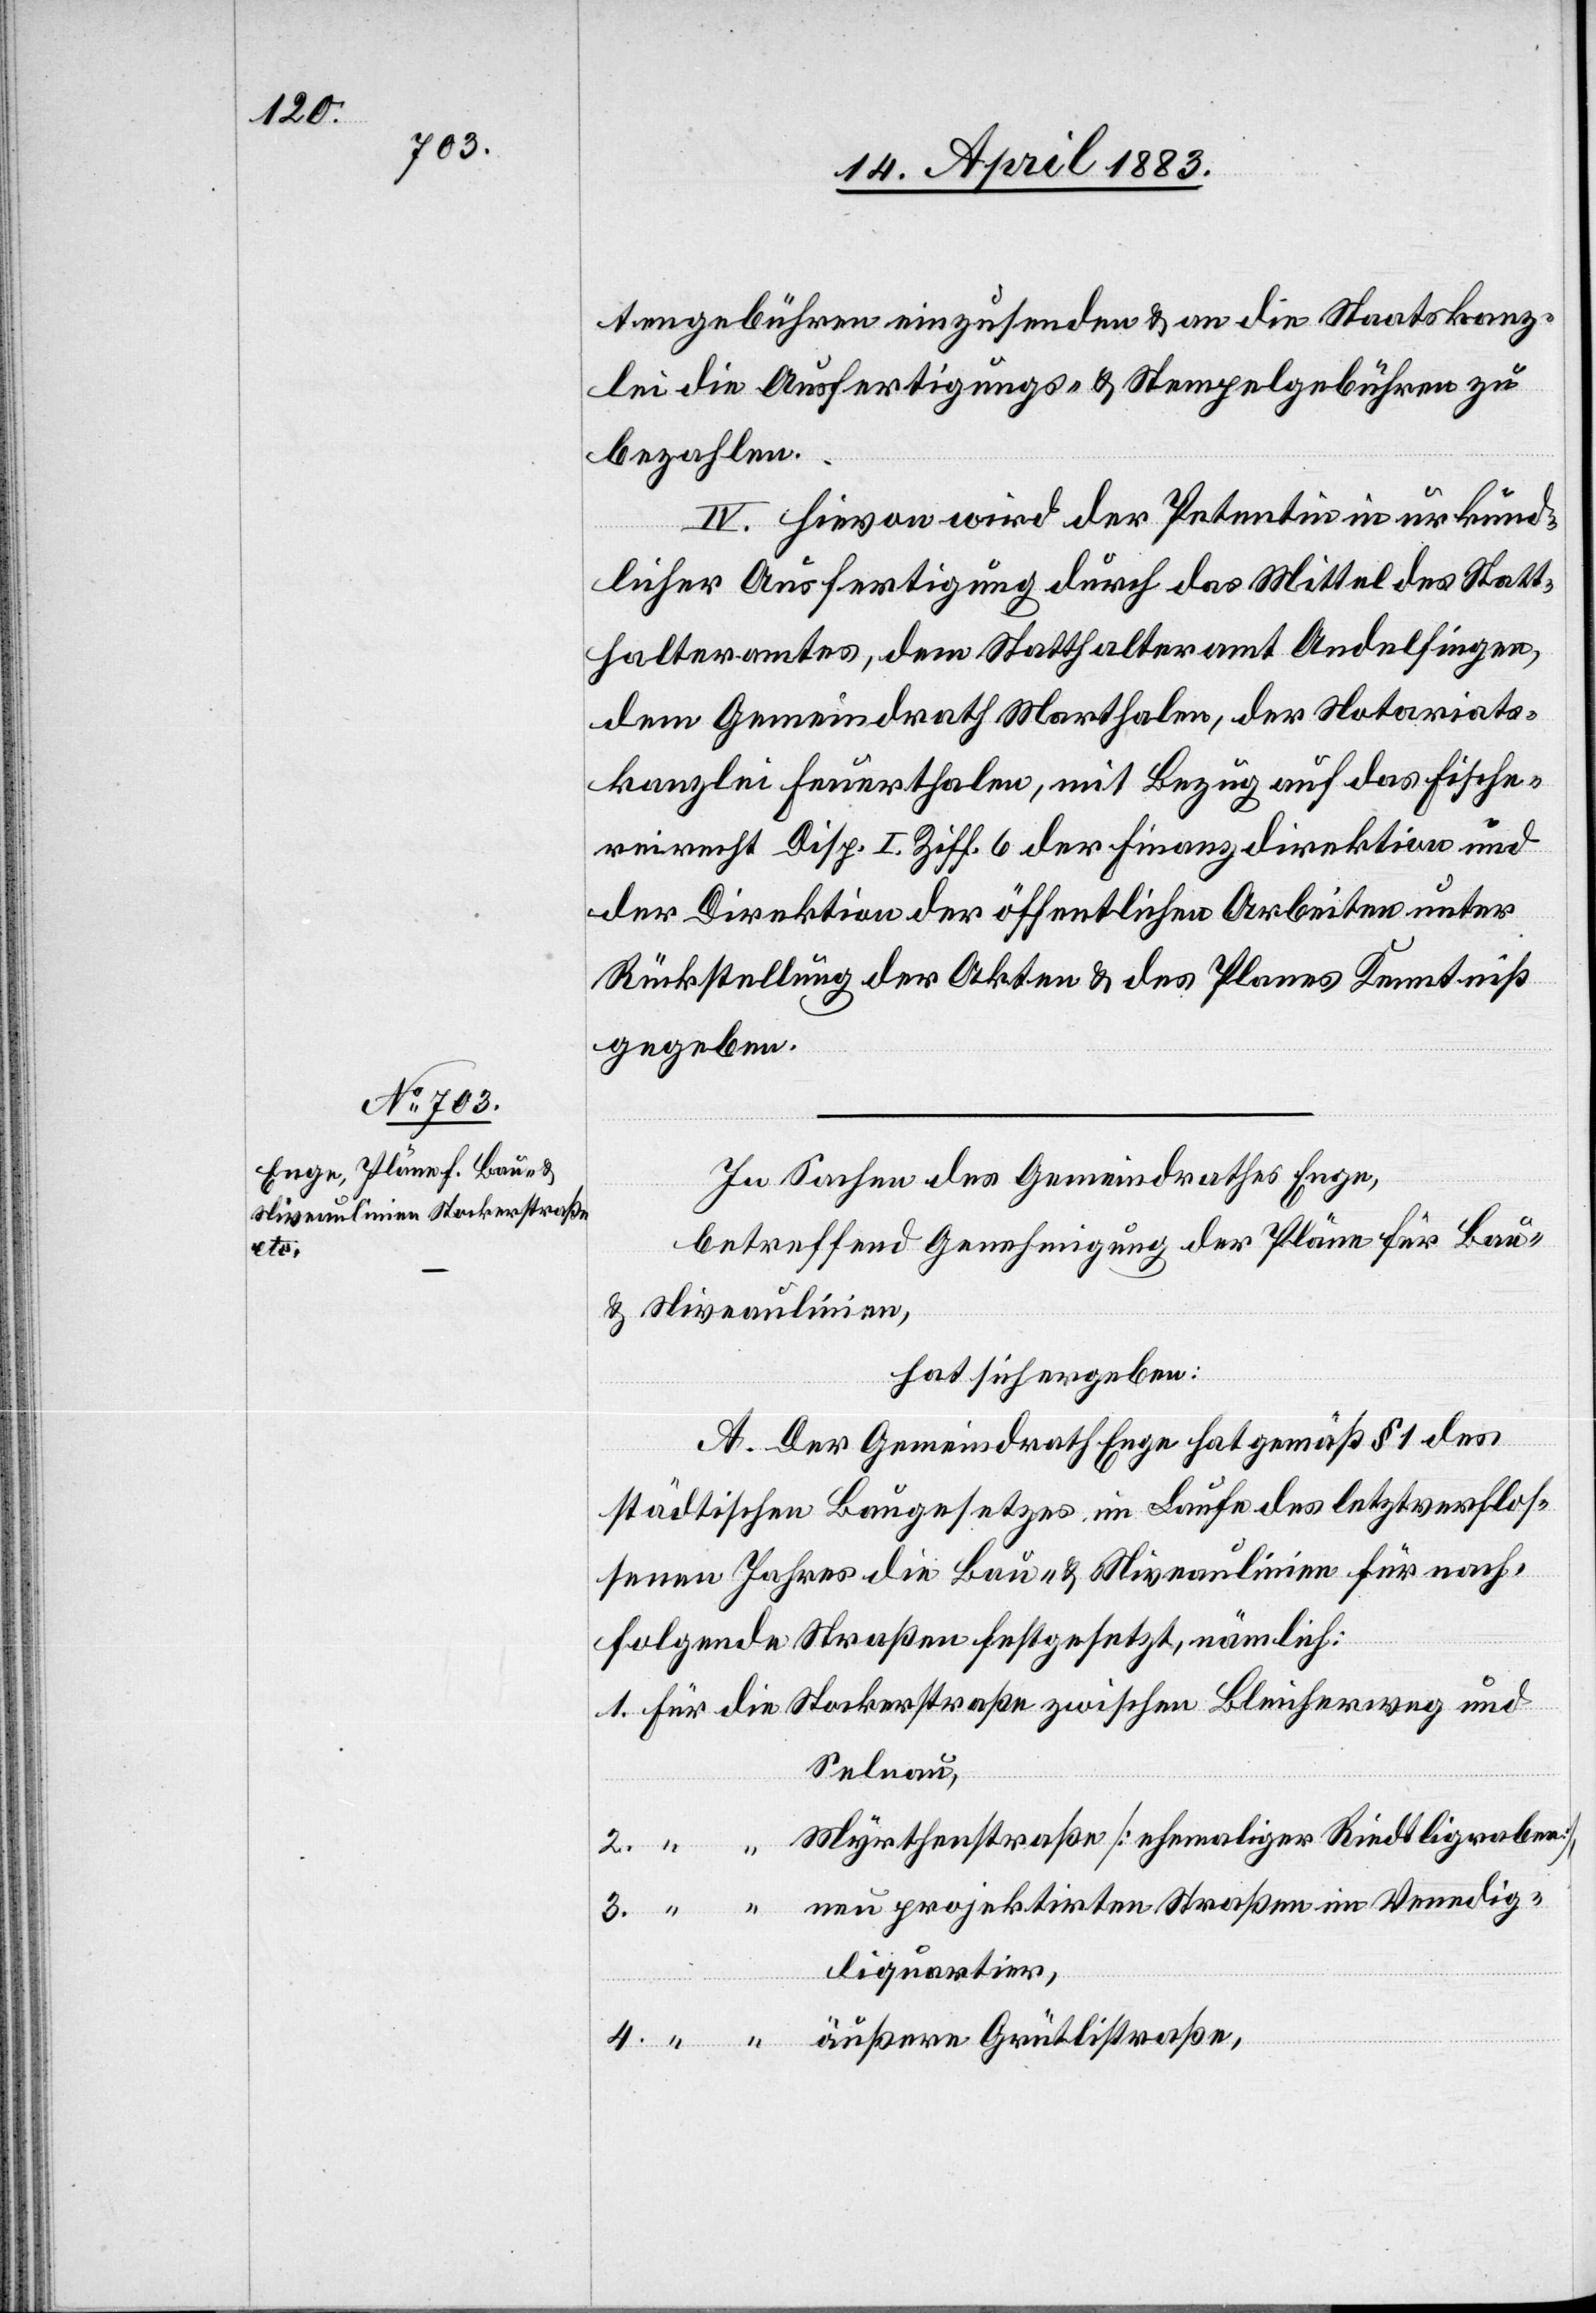
tengebühren einzusenden & an die Staatskanz¬
lei die Ausfertigungs- und Stempelgebühren zu
bezahlen.
IV. Hievon wird der Petentin in urkund¬
licher Ausfertigung durch das Mittel des Statt¬
halteramtes, dem Statthalteramt Andelfingen,
dem Gemeindrath Marthalen, der Notariats¬
kanzlei Feuerthalen, mit Bezug auf das Fische¬
reirecht Disp. I Ziff. 6 der Finanzdirektion und
der Direktion der öffentlichen Arbeiten unter
Rückstellung der Akten & des Planes Kenntniß
gegeben.
In Sachen des Gemeindrathes Enge,
betreffend Genehmigung der Pläne für Bau-
& Niveaulinien,
hat sich ergeben:
A. Der Gemeindrath Enge hat gemäß § 1 des
städtischen Baugesetzes im Laufe des letztverschlos¬
senen Jahres die Bau- & Niveaulinien für nach¬
folgende Straßen festgesetzt, nämlich:
1. Für die Stockerstraße zwischen Bleicherweg und
Selnau,
2. “ “ Myrthenstraße [ehemaliger Riedtligraben],
3. “ “ neu projektirten Straßen im Venedig¬
liquartier,
4. “ “ äußere Grütlistraße,